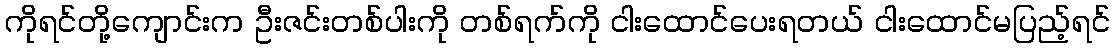
ကိုရင်တို့ကျောင်းက ဦးဇင်းတစ်ပါးကို တစ်ရက်ကို ငါးထောင်ပေးရတယ် ငါးထောင်မပြည့်ရင်